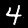
Label: 4